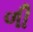
ળી